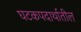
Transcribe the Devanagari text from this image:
घटकपदार्थातील